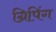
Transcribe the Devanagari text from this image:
ग्रिपिंग